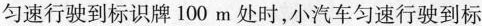
匀速行驶到标识牌100m处时，小汽车匀速行驶到标